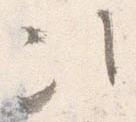
次